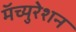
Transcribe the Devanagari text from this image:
मॅच्युरेशन